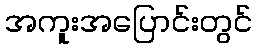
အကူးအပြောင်းတွင်